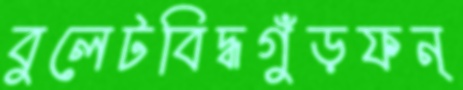
বুলেটবিদ্ধগুঁড়ফন্